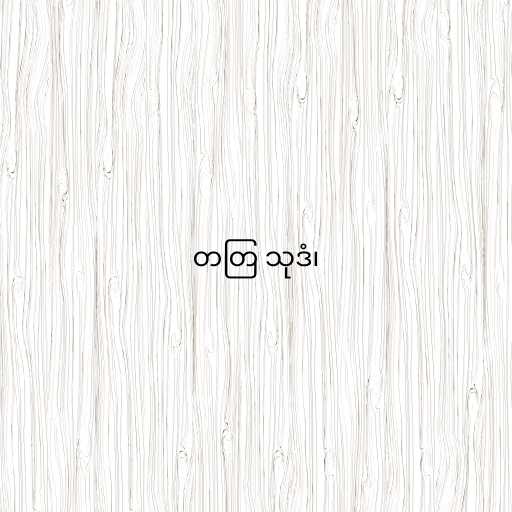
တတြ သုဒံ၊